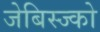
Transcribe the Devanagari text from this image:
जेबिस्ज्को